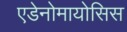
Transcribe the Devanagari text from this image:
एडेनोमायोसिस